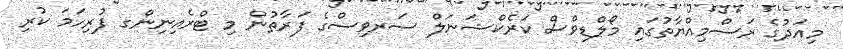
މިއަދުގެ ރަސްމިއްޔާތުގައި މޯލްޑިވްސް ކަރެކްޝަނަލް ސަރވިސްގެ ފަރާތުން މި ޓްރެއިނިންގ ފުރިހަމަ ކުރި